Burma Government Medical School reports 1907-22
Year: 1907
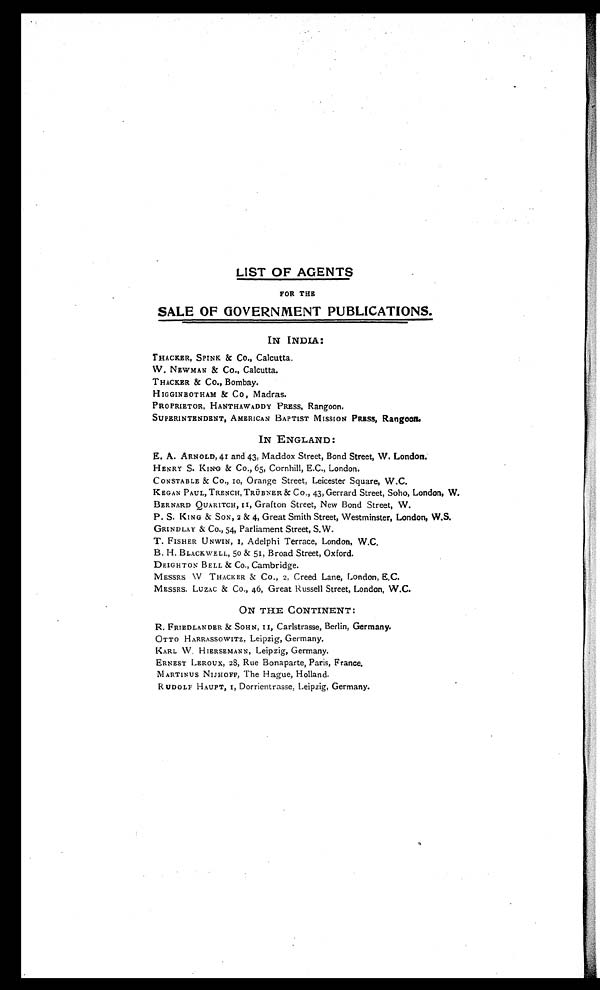
LIST OF AGENTS
FOR THE
SALE OF GOVERNMENT PUBLICATIONS.
IN INDIA:
THACKER, SPINK & Co., Calcutta.
W. NEWMAN & Co., Calcutta.
THACKER & Co., Bombay.
HIGGINBOTHAM & Co, Madras.
PROPRIETOR, HANTHAWADDY PRESS, Rangoon.
SUPERINTENDENT, AMERICAN BAPTIST MISSION PRESS, Rangoon.
IN ENGLAND :
E. A. ARNOLD, 41 and 43, Maddox Street, Bond Street, W. London.
HENRY S. KING & Co., 65, Cornhill, E.C., London.
CONSTABLE & Co., 10 , Orange Street, Leicester Square, W.C.
K EGAN PAUL, TRENCH, TRÜBNER & Co ., 43, Gerrard Street, Soho, London, W.
BERNARD QUARITCH, 11, Grafton Street, New Bond Street, W.
P. S. KING & SON, 2 & 4, Great Smith Street, Westminster, London, W.S.
GRINDLAY & Co., 54, Parliament Street, S.W.
T. FISHER UNWIN, I, Adelphi Terrace, London, W.C.
B. H. BLACKWELL, 50 & 51, Broad Street, Oxford.
DEIGHTON BELL & Co., Cambridge.
MESSRS W THACKER & Co., 2, Creed Lane, London, E.C.
MESSRS. LUZAC & Co., 4 6, Great Russell Street, London, W.C.
ON THE CONTINENT:
R. FRIEDLANDER & SOHN, 11, Carlstrasse, Berlin, Germany.
OTTO HARRASSOWITZ. Leipzig, Germany.
KARL W. HIERSEMANN, Leipzig, Germany.
ERNEST LEROUX, 28, Rue Bonaparte, Paris, France.
MARTINUS NIJHOFF, The Hague, Holland.
R UDOLF HAUPT, I, Dorrientrasse, Leipzig, Germany.